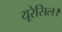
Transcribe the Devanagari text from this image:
यूरेसिल।